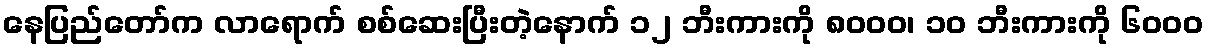
နေပြည်တော်က လာရောက် စစ်ဆေးပြီးတဲ့နောက် ၁၂ ဘီးကားကို ၈၀၀၀၊ ၁၀ ဘီးကားကို ၆၀၀၀